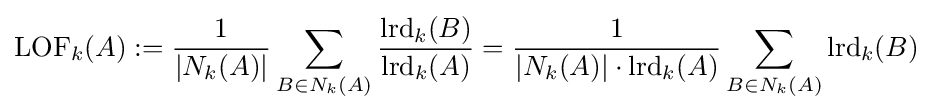
{\text{LOF}}_{k}(A):={\frac {1}{|N_{k}(A)|}}\sum _{B\in N_{k}(A)}{\frac {{\text{lrd}}_{k}(B)}{{\text{lrd}}_{k}(A)}}={\frac {1}{|N_{k}(A)|\cdot {\text{lrd}}_{k}(A)}}\sum _{B\in N_{k}(A)}{\text{lrd}}_{k}(B)